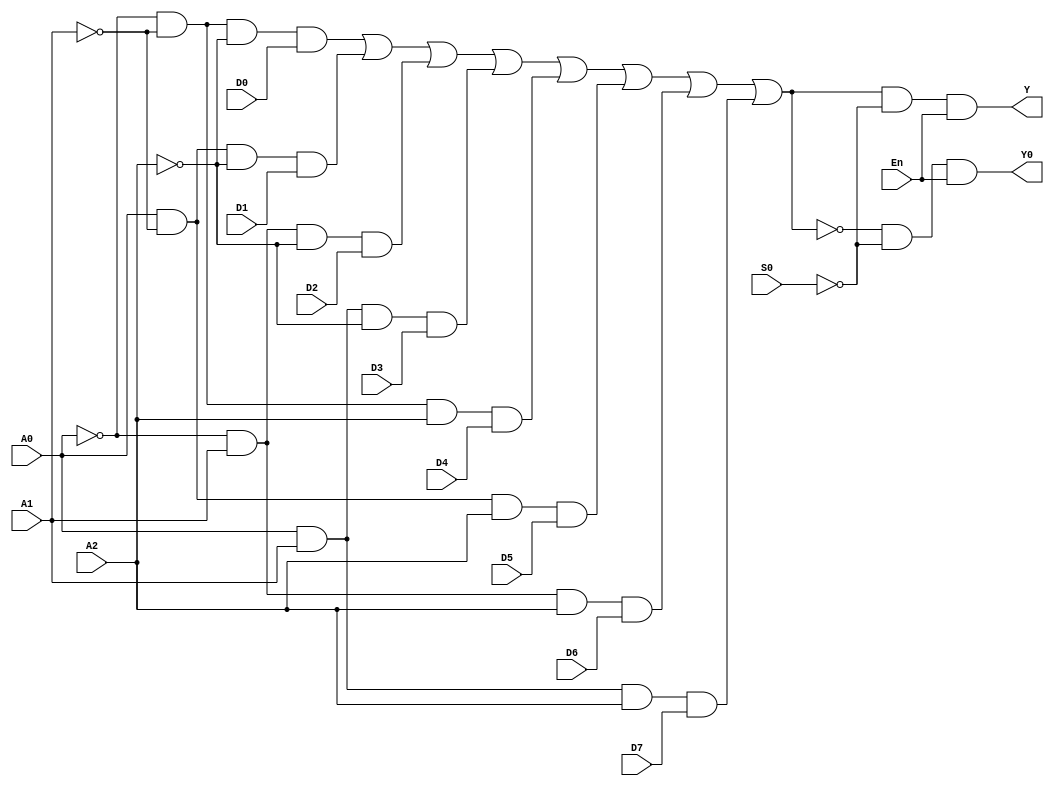
module Coder_8_3_74hc151_2_7(input En,S0,A0,A1,A2,D0,D1,D2,D3,D4,D5,D6,D7,output Y,Y0);
wire temp;
assign temp=  ~A0&~A1&~A2&D0  |  A0&~A1&~A2&D1  |  ~A0&A1&~A2&D2 |   A0&A1&~A2&D3 |  ~A0&~A1&A2&D4  |  A0&~A1&A2&D5  |  ~A0&A1&A2&D6 |  A0&A1&A2&D7;   
assign Y=temp&~S0&En;
assign Y0=~temp&~S0&En;
endmodule